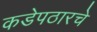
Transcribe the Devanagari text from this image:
कडेपठारचे